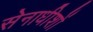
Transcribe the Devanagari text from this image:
सेनाधीशों